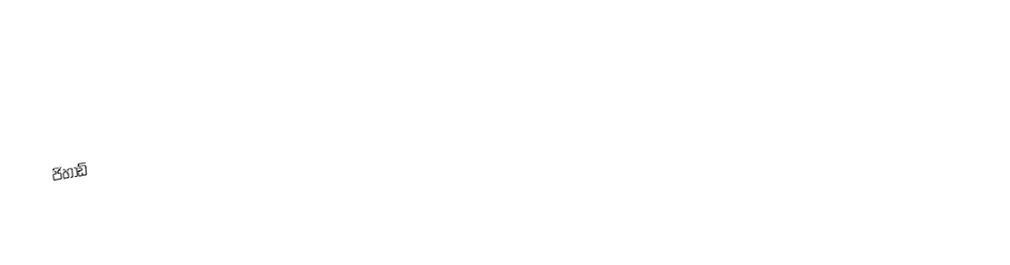
ජිහාඩ්